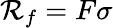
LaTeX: \mathcal{R}_{f}=F\sigma